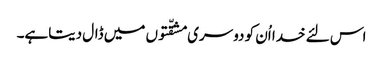
اس لئے خدا اُن کو دوسری مشقّتوں میں ڈال دیتاہے۔